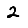
Digit: 2